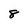
Character: 8